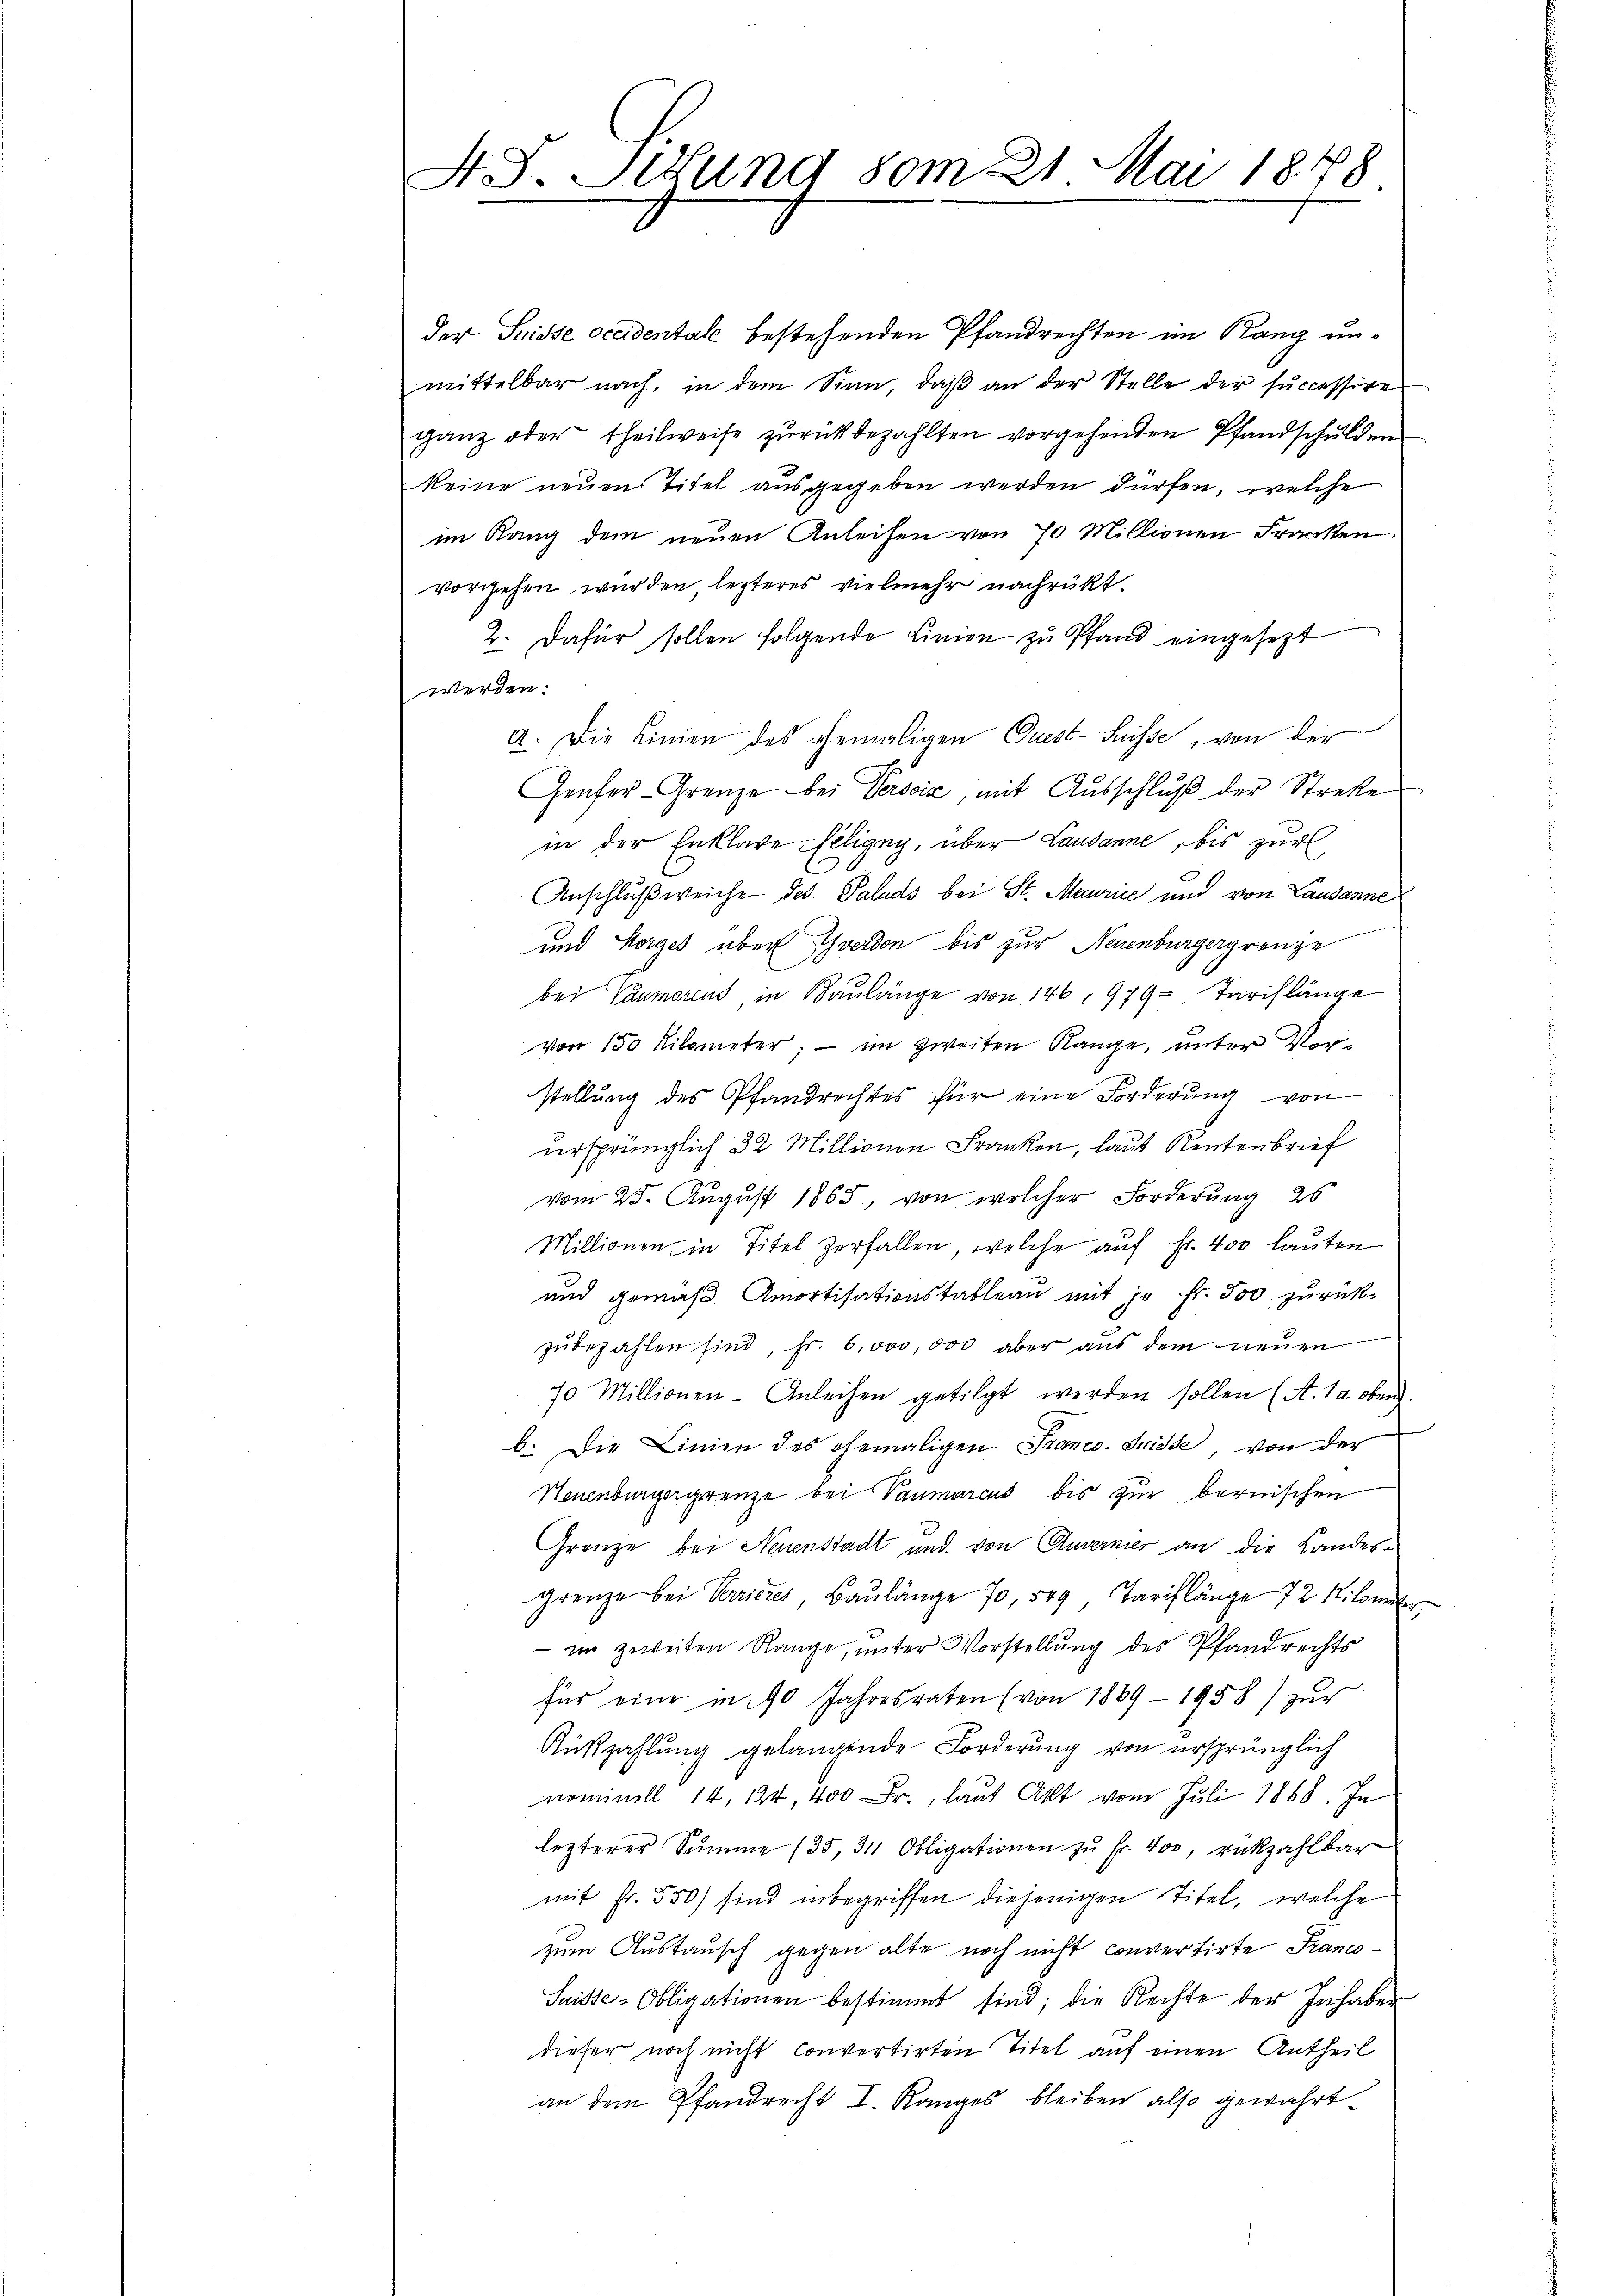
S. S. Sedung vom 21. Mai 1848

der Suisse occidentale bestehenden Pfandrechten im Rang unmittelbar nach, in dem Sinn, daß an der Stelle der successire
ganz oder theilweise zŭrückbezahlten vorgehenden Pfandschulden
keine neuen Titel ausgegeben werden dürfen, welche
im Rang dem neuen Anleihen von 70 Millionen Franken
vorgehen wurden, lezteres vielmehr nachrückt.
2. Dafür sollen folgende Linien zu Pfand eingesezt
werden.
a. Die Linien des gemaligen Quest- Suisse, von der
Genfer-Grenze bei Versciz, mit Ausschluß der Streke
in der Enklage seligen, über Landanne, bis zur
Anschluß weiche des Paluds bei St. Maurice und von Lausanne
und Horges über Yverden bis zur Neuenburgergrenze
bei Vaumoreat, in Baulänge von 146, 979 - Tariflänge
von 150 Kilometer; — im zweiten Range, unter Vorstellŭng des Pfandrechtes für eine Forderŭng von
ursprünglich 32 Millionen Franken, laut Rentenbrief
vom 25. August 1865, von welcher Forderung 25
Millionen in Titel zerfallen, welche auf Fr. 400 lauten
und gemäß Amortisationstableau mit je Fr. 500 zurückzŭbezahlen sind, Fr. 6,000,000 aber aus dem neuen
70 Millionen- Anleihen getilgt werden sollen (A. 12 oben.
b. Die Linien des ehemaligen Franco-Suisse, von der
Neuenburgergrenze bei Vaumarcus bis zur bernischen
Grenze bei Neuenstadt und von Anverner an die Landes-
grenze bei Verrieres Baŭlänge 70, 549 Tariflänge 72 Kilomete
 im zweiten Range, unter Vorstellung des Pfandrechts
für eine in 40 Jahresraten (von 1889 - 1958) zŭr
Rükzahlŭng gelangende Forderung von ursprünglich
nominell 14. 124, 400 Fr., laut Akt vom Juli 1868. In
lezterer Summe (35, 31 Obligationen zŭ Fr. 400, rükzahlbar
mit Fr. 550) sind inbegriffen diejenigen Titel, welche
zum Austausch gegen alte noch nicht convertirte Franco¬
Suisse-Obligationen bestimmt sind; die Rechte der Inhaber
dieser noch nicht convertirten Titel auf einen Antheil
an dem Pfandrecht I. Ranges bleiben also gewährt.